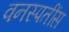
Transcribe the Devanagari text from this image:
वनस्पतींस